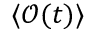
\langle \mathcal { O } ( t ) \rangle